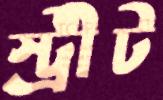
স্ট্রীট